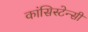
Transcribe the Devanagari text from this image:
कांसिस्टेन्सी